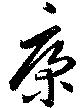
康